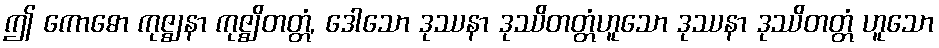
ဤ ကောဓော ကုဇ္ဈနာ ကုဇ္ဈိတတ္တံ, ဒေါသော ဒုဿနာ ဒုဿိတတ္တံဟူသော ဒုဿနာ ဒုဿိတတ္တံ ဟူသော